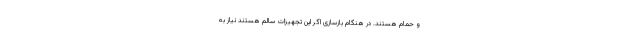
و حمام هستند. در هنگام بازسازی اگر این تجهیزات سالم هستند نیاز به